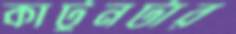
কার্টুনটার